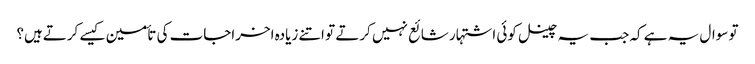
تو سوال یہ ہے کہ جب یہ چینل کوئی اشتہار شائع نہیں کرتے تو اتنے زیادہ اخراجات کی تأمین کیسے کرتےہیں؟